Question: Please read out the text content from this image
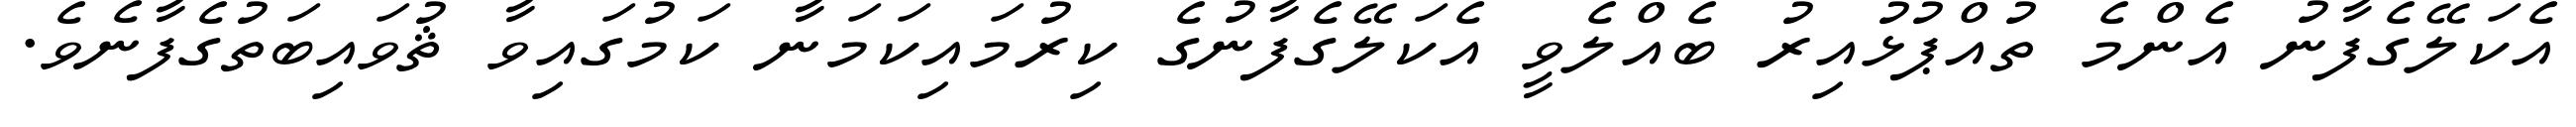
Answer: އެކަލޭގެފާނު އެންމެ ތުއްޕުޅުއިރު ބެއްލެވީ އެކަލޭގެފާނުގެ ކިރުމައިކަމަނާ ކަމުގައިވާ ޘުވައިބަތުގެފާނެވެ.